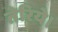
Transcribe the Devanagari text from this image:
तेरिये।